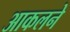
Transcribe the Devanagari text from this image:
आकलने